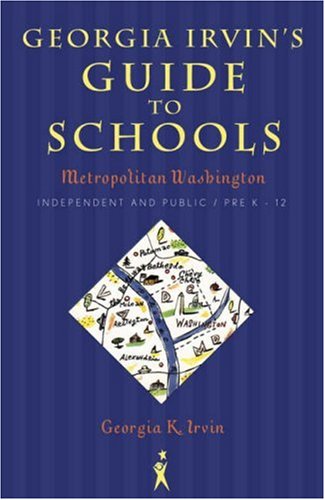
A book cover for Georgia Irvin's Guide to Schools: Metropolitan Washington, Independent and Public / Pre-K - 12; Georgia K. Irvin; Test Preparation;